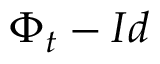
\Phi _ { t } - I d